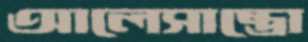
আলেসান্ত্রো